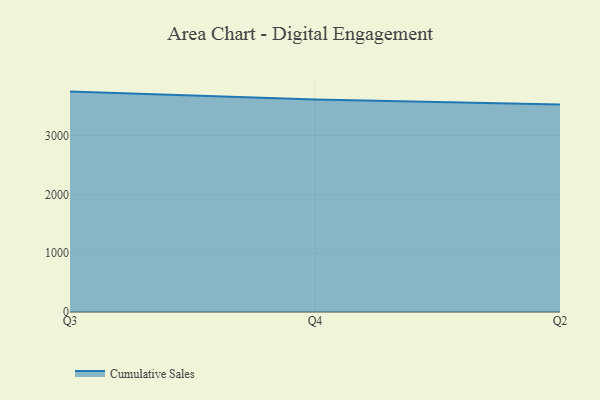
{"axis": {"x": "Quarter", "y": "Active Users"}, "legend": ["Cumulative Sales"], "data": [{"x": "Q3", "y": 3746.4, "type": "Cumulative Sales"}, {"x": "Q4", "y": 3614.1, "type": "Cumulative Sales"}, {"x": "Q2", "y": 3525.5, "type": "Cumulative Sales"}]}